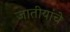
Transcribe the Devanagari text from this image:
जातीयांचे